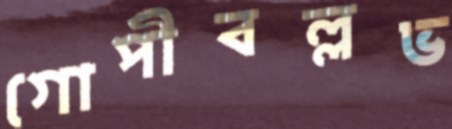
গোপীবল্লভ